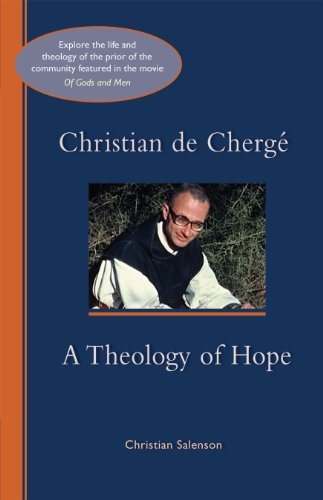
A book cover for Christian de Cherge: A Theology of Hope (Cistercian Studies); Christian Salenson; Christian Books & Bibles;